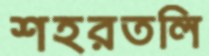
শহরতলি